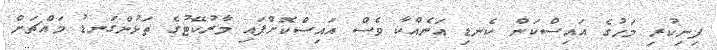
ފިނިކުރި މަހުގެ އައިސްކަން ކެނޑި އަނެއްކާ ވެސް އައިސްކޮށްފައި މާރުކޭޓުގެ ތަޅުންގަނޑު މައްޗަށް